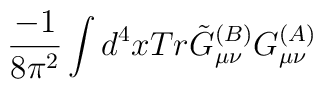
\frac{-1}{8\pi^2}\int d^4xTr\tilde{G}_{\mu\nu}^{(B)}G_{\mu\nu}^{(A)}